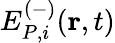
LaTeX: E_{P,i}^{(-)}(\mathbf{r},t)